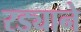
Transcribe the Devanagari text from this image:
रड्याने